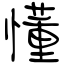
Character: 懂